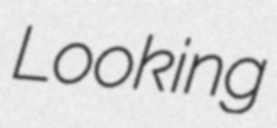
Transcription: Looking